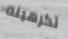
تكرهينه